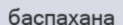
баспахана